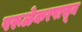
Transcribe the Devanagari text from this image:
परूळेकरपासून